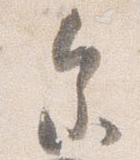
参